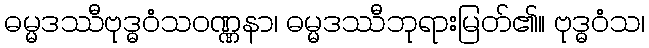
ဓမ္မဒဿီဗုဒ္ဓဝံသဝဏ္ဏနာ၊ ဓမ္မဒဿီဘုရားမြတ်၏။ ဗုဒ္ဓဝံသ၊